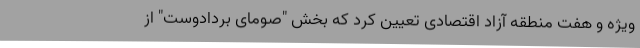
ویژه و هفت منطقه آزاد اقتصادی تعیین کرد که بخش "صومای بردادوست" از